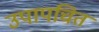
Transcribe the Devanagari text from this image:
उपापचित